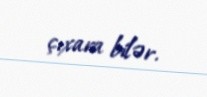
çıxara bilər.